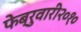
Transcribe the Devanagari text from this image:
फेब्रुवारी२०१०